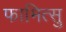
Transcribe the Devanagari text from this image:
फामित्सु